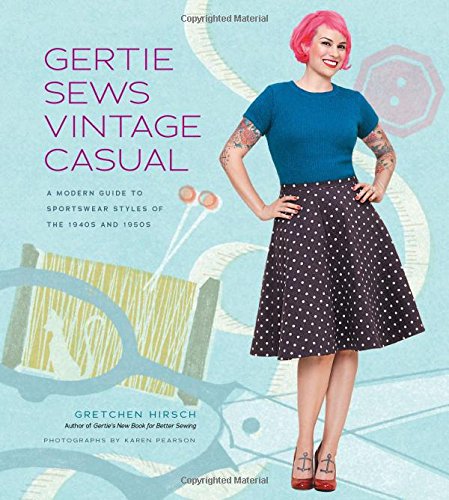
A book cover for Gertie Sews Vintage Casual: A Modern Guide to Sportswear Styles of the 1940s and 1950s; Gretchen Hirsch; Crafts, Hobbies & Home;